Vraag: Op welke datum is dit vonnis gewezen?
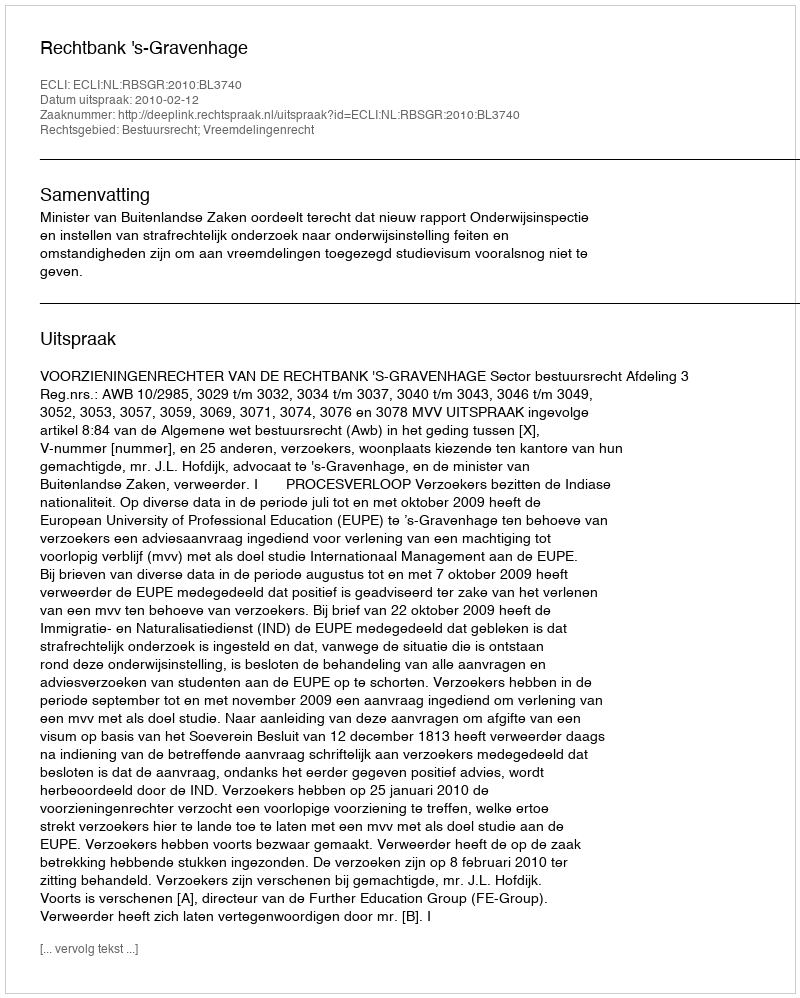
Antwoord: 2010-02-12